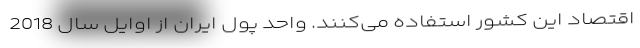
اقتصاد این کشور استفاده می‌کنند. واحد پول ایران از اوایل سال 2018